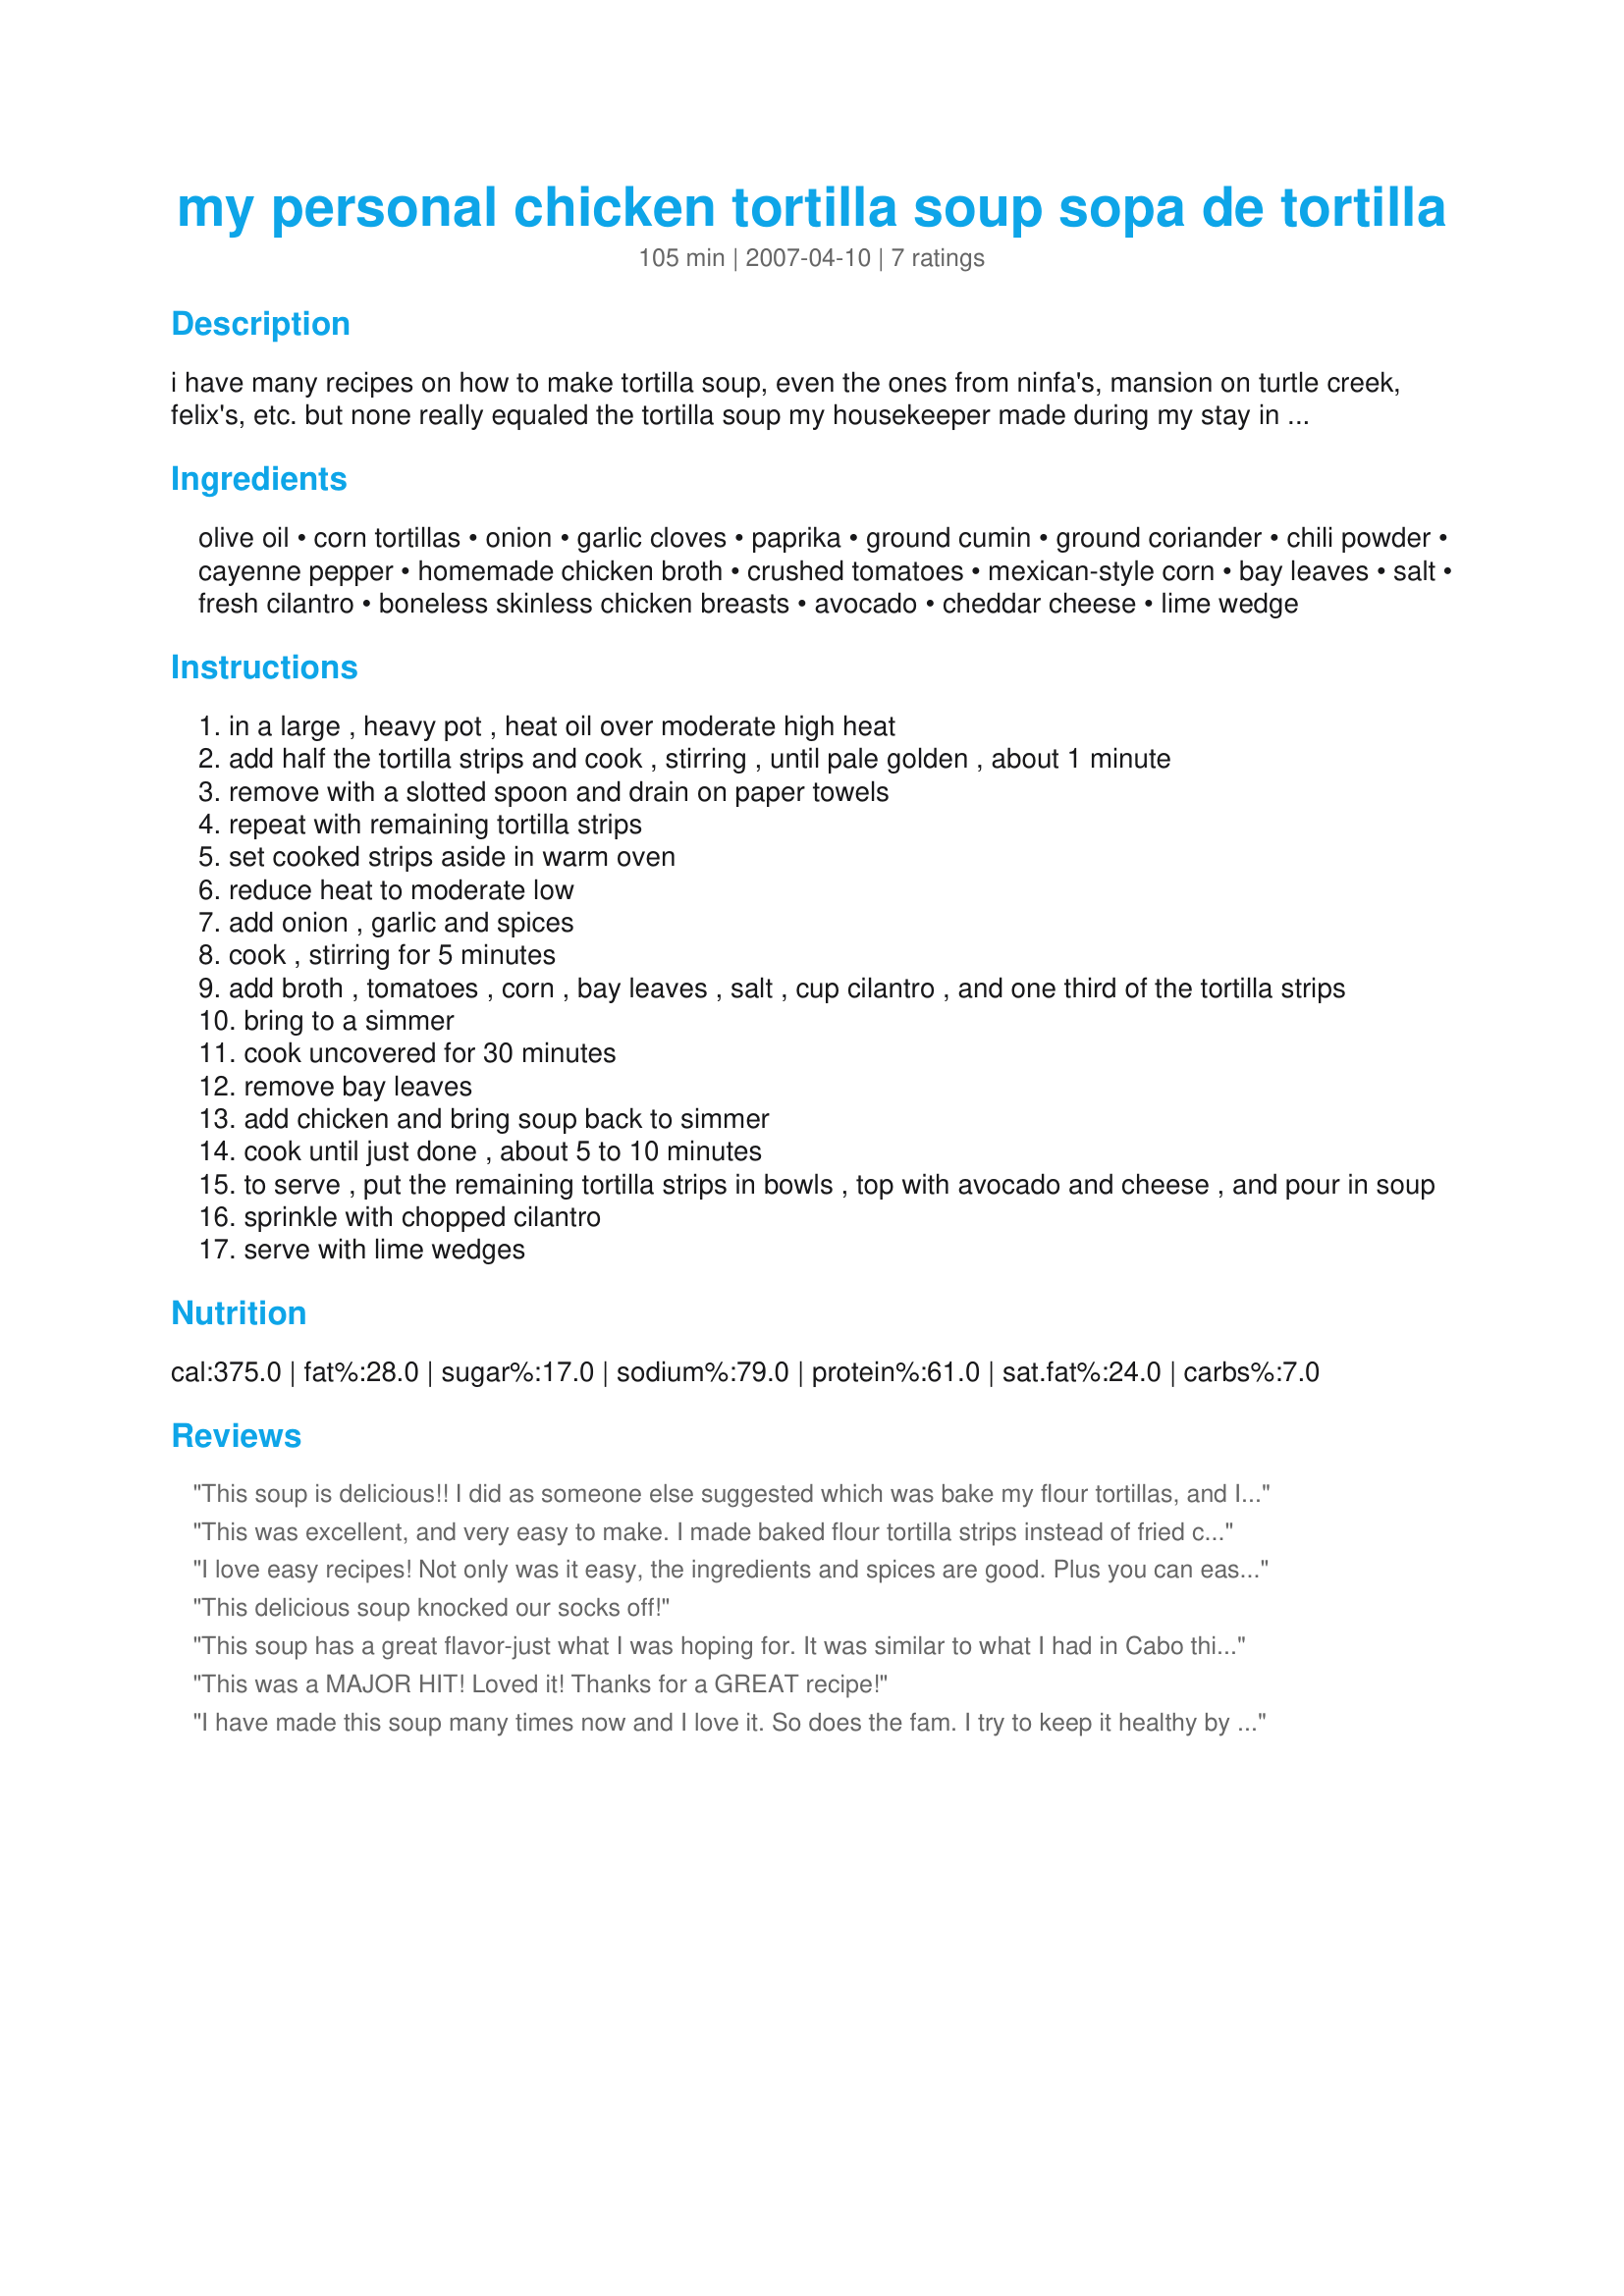
my personal chicken tortilla soup sopa de tortilla
Preparation time: 105 minutes

i have many recipes on how to make tortilla soup, even the ones from ninfa's, mansion on turtle creek, felix's, etc. but none really equaled the tortilla soup my housekeeper made during my stay in mexico. this is as close as i can come to her recipe. good tasting!

Ingredients:
olive oil, corn tortillas, onion, garlic cloves, paprika, ground cumin, ground coriander, chili powder, cayenne pepper, homemade chicken broth, crushed tomatoes, mexican-style corn, bay leaves, salt, fresh cilantro, boneless skinless chicken breasts, avocado, cheddar cheese, lime wedge

Steps:
in a large , heavy pot , heat oil over moderate high heat
add half the tortilla strips and cook , stirring , until pale golden , about 1 minute
remove with a slotted spoon and drain on paper towels
repeat with remaining tortilla strips
set cooked strips aside in warm oven
reduce heat to moderate low
add onion , garlic and spices
cook , stirring for 5 minutes
add broth , tomatoes , corn , bay leaves , salt , cup cilantro , and one third of the tortilla strips
bring to a simmer
cook uncovered for 30 minutes
remove bay leaves
add chicken and bring soup back to simmer
cook until just done , about 5 to 10 minutes
to serve , put the remaining tortilla strips in bowls , top with avocado and cheese , and pour in soup
sprinkle with chopped cilantro
serve with lime wedges

Reviews:
This soup is delicious!! I did as someone else suggested which was bake my flour tortillas, and I also added mushrooms and zucchini. Yummers!! I will be eating on this for a while. Thank you, Witch Doctor. =)
This was excellent, and very easy to make. I made baked flour tortilla strips instead of fried corn srips. And I skipped the coriander & cilantro because I don't like either. Half the batch was made with the chicken, and the other half with some pinto beans I cooked up. The avocado and lime are a must! Thanks for a great recipe.
I love easy recipes! Not only was it easy, the ingredients and spices are good. Plus you can easily change the ingredients to fit your taste.
This delicious soup knocked our socks off!
This soup has a great flavor-just what I was hoping for. It was similar to what I had in Cabo this month. I cheated on the tortilla frying part and used Tostitos bite sized gold chips and they worked fine. I also used rotisserie chicken. These measures saved a good bit of time.
This was a MAJOR HIT! Loved it! Thanks for a GREAT recipe!
I have made this soup many times now and I love it. So does the fam. I try to keep it healthy by skipping the tortillas and cheese and I do add 1 can of enchilada sauce and to keep it easy, I use a rotisserie chicken from the store. This is our 'go to' soup on a cold day. Thanks for the recipe!
